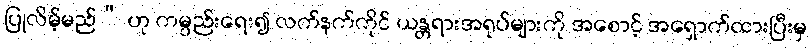
ပြုလိမ့်မည်” ဟု ကမ္ပည်းရေး၍ လက်နက်ကိုင် ယန္တရားအရုပ်များကို အစောင့် အရှောက်ထားပြီးမှ